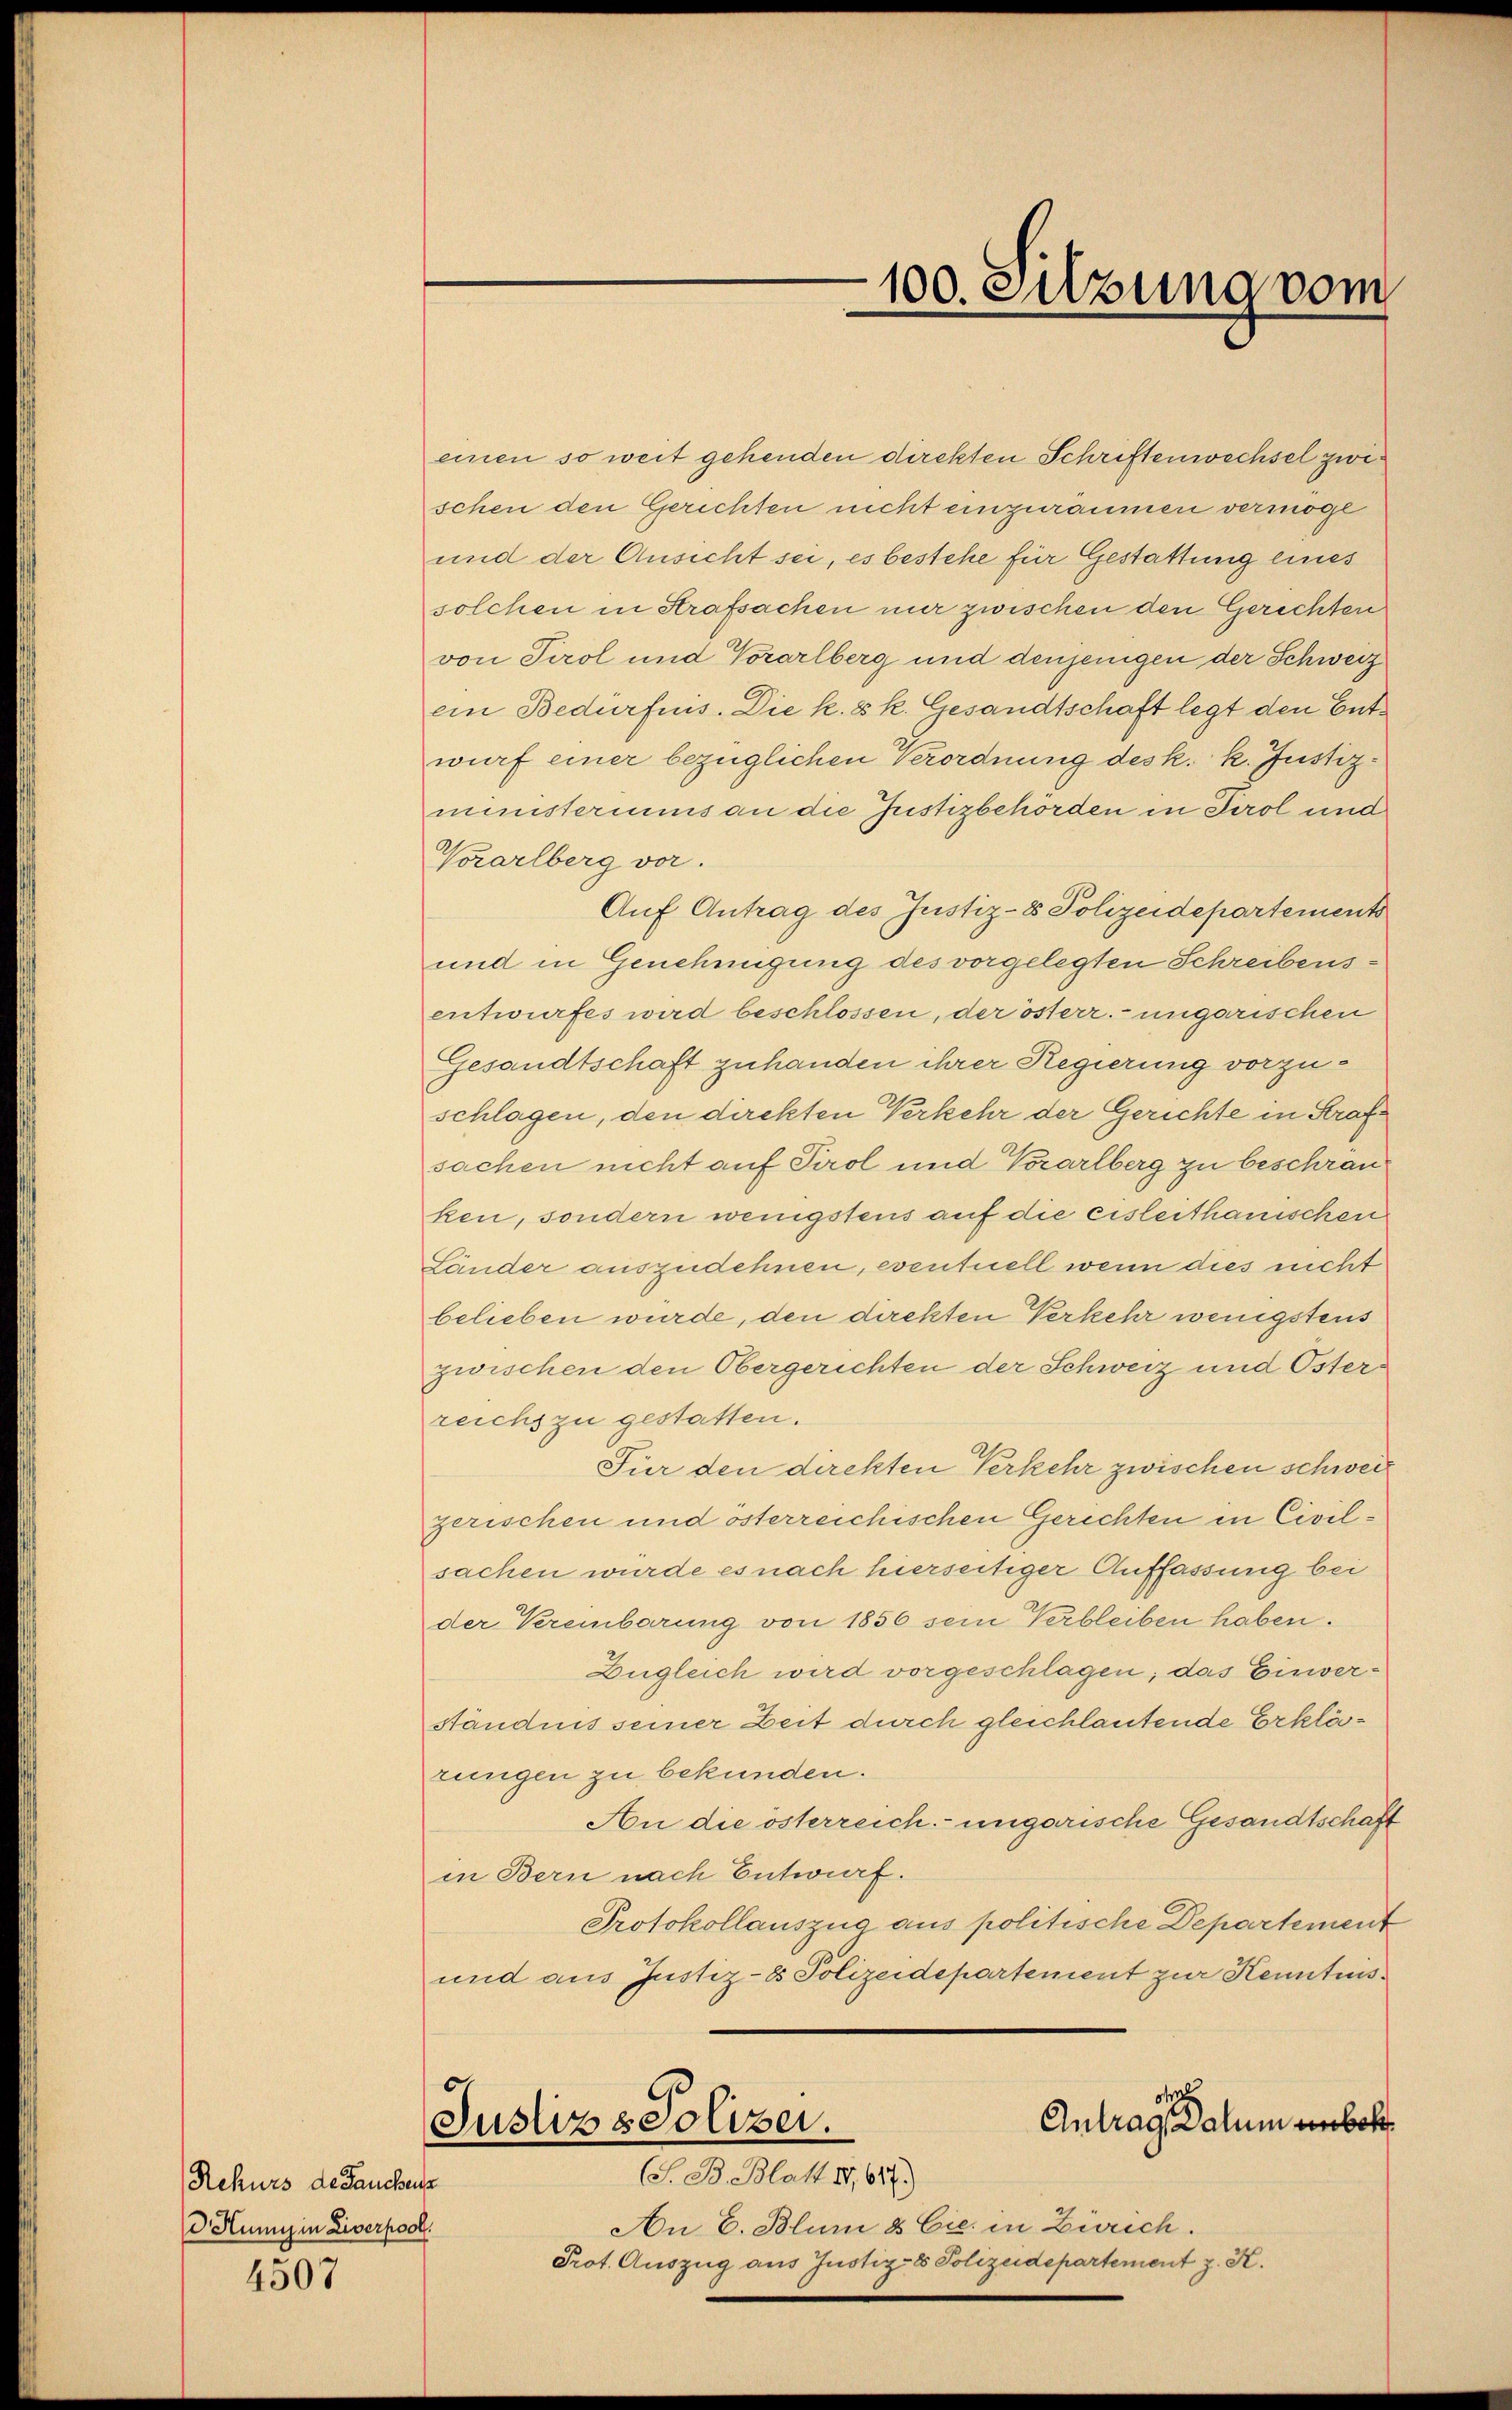
Rekurs de Jauchen
d Humig in Liverpool.

4507

einen so weit gehenden direkten Schriftenwechsel zwischen den Gerichten nicht einzuräumen vermöge
und der Ansicht sei, es bestehe für Gestattung eines
solchen in Strafsachen nur zwischen den Gerichten
von Tirol und Vorarlberg und denjenigen der Schweiz
ein Bedürfens. Die k. k. Gesandtschaft legt den Entwurf einer bezüglichen Verordnung des k. k. Justizministeriums an die Justizbehörden in Tirol und
Vorarlberg vor.
Auf Antrag des Justiz- & Polizeidepartements
und in Genehmigung des vorgelegten Schreibensentwurfes wird beschlossen, der österr. ungarischen
Gesandtschaft zuhanden ihrer Regierung vorzuschlagen, den direkten Verkehr der Gerichte in Strafsachen nicht auf Tirol und Vorarlberg zu beschränken, sondern wenigstens auf die eisleithanischen
Länder auszudehnen, eventuell wenn dies nicht
belieben wurde, den dickten Verkehr wenigstens
zwischen den Obergerichten der Schweiz und Österreichs zu gestatten.
Für den direkten Verkehr zwischen schweiz
gerischen und österreichischen Gerichten in Civilsachen wurde es nach hierseitiger Auffassung bei
der Vereinbarung von 1856 sein Verbleiben haben.
Eugleich wird vorgeschlagen; das Einverständnis seiner Zeit durch gleichlautende Erklärungen zu bekunden.
An die österreich. ungarische Gesandtschaft
in Bern nach Entwurf.
Protokollauszug aus politische Departement
und aus Justiz-8 Polizeidepartement zur Kenntnisd
Antrag, Salum unbek
Justizs Soloser.
(S. B. Blatt II,647.)
An E. Blum & Cie in Zürich.
Prot. Auszug aus Justiz- & Polizeidepartement z. K.

100. Sitzung vom